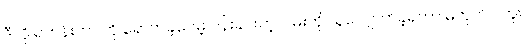
ဒီလို ရဟန်းဘဝကို ရောက်ခဲ့ပေမဲ့ ပန်းခင်းတဲ့လမ်းကို သူလျှောက်ခဲ့ရတာ မဟုတ်ပါဘူး။